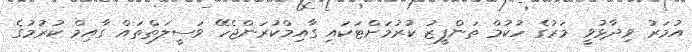
އުމަރު ވިދާޅުވީ މަރުގެ ހުކުމް ތަންފީޒު ކުރުމަށްޓަކައި ގާއިމްކުރަންޖެހޭ ވަސީލަތްތައް ގާއިމް ކުރުމުގެ